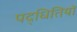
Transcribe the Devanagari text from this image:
पद्धितियों